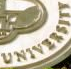
UNIVERSITY